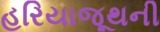
હરિયાજૂથની